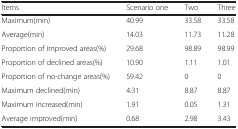
<table><thead><tr><td><b>Items</b></td><td><b>Scenario one</b></td><td><b>Two</b></td><td><b>Three</b></td></tr></thead><tbody><tr><td>Maximum(min)</td><td>40.99</td><td>33.58</td><td>33.58</td></tr><tr><td>Average(min)</td><td>14.03</td><td>11.73</td><td>11.28</td></tr><tr><td>Proportion of improved areas(%)</td><td>29.68</td><td>98.89</td><td>98.99</td></tr><tr><td>Proportion of declined areas(%)</td><td>10.90</td><td>1.11</td><td>1.01</td></tr><tr><td>Proportion of no-change areas(%)</td><td>59.42</td><td>0</td><td>0</td></tr><tr><td>Maximum declined(min)</td><td>4.31</td><td>8.87</td><td>8.87</td></tr><tr><td>Maximum increased(min)</td><td>1.91</td><td>0.05</td><td>1.31</td></tr><tr><td>Average improved(min)</td><td>0.68</td><td>2.98</td><td>3.43</td></tr></tbody></table>